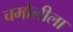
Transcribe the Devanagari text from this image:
चमोलीला